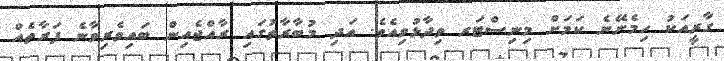
ގާރީއަކު ހިމެނޭނެ ކަމަށް މިނިސްޓަރ ވިދާޅުވިއެވެ. އަދި މުބާރާތުގައި ރާއްޖެއިން ބައިވެރިވާނެ ފަރާތެއް